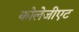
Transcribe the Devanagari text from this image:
कोलेजीएट